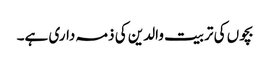
بچوں کی تربیت والدین کی ذمہ داری ہے۔